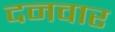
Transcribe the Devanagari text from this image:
दनवार